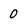
Character: 0